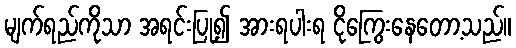
မျက်ရည်ကိုသာ အရင်းပြု၍ အားရပါးရ ငိုကြွေးနေတော့သည်။